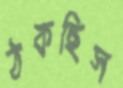
ঠকছিস